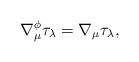
LaTeX: \begin{align*} \nabla^{\phi}_{\mu}\tau_{\lambda} = \nabla_{\mu}\tau_{\lambda}, \end{align*}